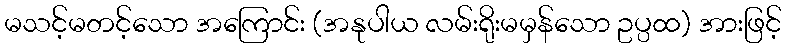
မသင့်မတင့်သော အကြောင်း (အနုပါယ လမ်းရိုးမမှန်သော ဥပ္ပထ) အားဖြင့်